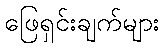
ဖြေရှင်းချက်များ